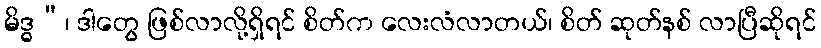
မိဒ္ဓ”၊ ဒါတွေ ဖြစ်လာလို့ရှိရင် စိတ်က လေးလံလာတယ်၊ စိတ် ဆုတ်နစ် လာပြီဆိုရင်